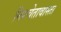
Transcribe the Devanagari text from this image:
निश्चेतावास्ता